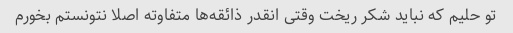
تو حلیم که نباید شکر ریخت وقتی انقدر ذائقه‌ها متفاوته اصلا نتونستم بخورم